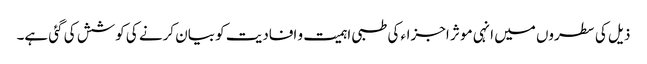
ذیل کی سطروں میں انہی مو ثر اجزاء کی طبی اہمیت و افادیت کو بیان کرنے کی کوشش کی گئی ہے۔